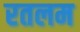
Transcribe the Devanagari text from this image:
रतलम